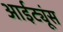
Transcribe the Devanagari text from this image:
आईट्यूंस